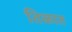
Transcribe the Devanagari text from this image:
तिळात